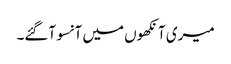
میری آنکھوں میں آنسو آگئے۔